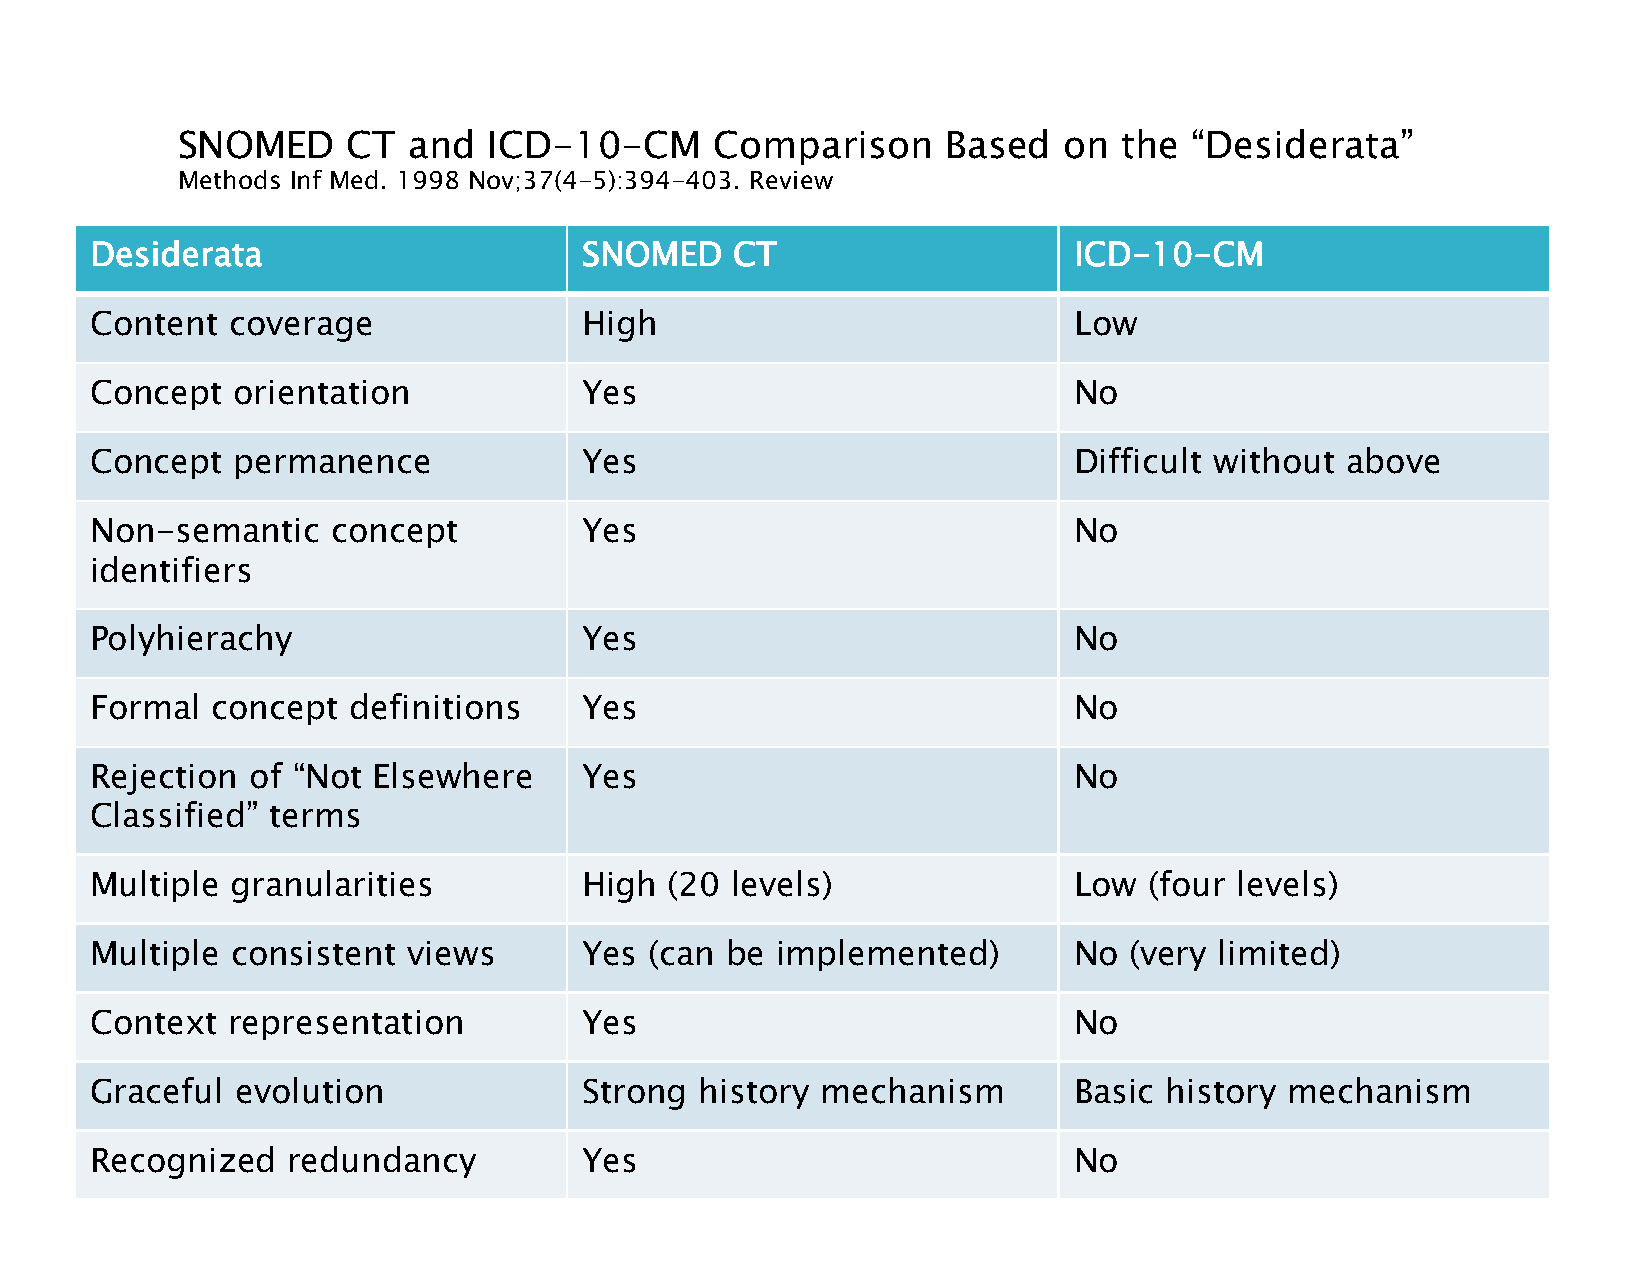
SNOMED     CT  and  ICD-10-CM      Comparison      Based  on  the  “Desiderata”
 Methods Inf Med. 1998 Nov;37(4-5):394-403. Review
 Desiderata                       SNOMED   CT                     ICD-10-CM
 Content  coverage                High                            Low
 Concept  orientation             Yes                             No
 Concept  permanence              Yes                             Difficult without above
 Non-semantic    concept          Yes                             No
 identifiers
 Polyhierachy                     Yes                             No
 Formal  concept  definitions     Yes                             No
 Rejection of “Not  Elsewhere     Yes                             No
 Classified” terms
 Multiple granularities           High (20 levels)                Low  (four levels)
 Multiple consistent  views       Yes (can be implemented)        No  (very limited)
 Context  representation          Yes                             No
 Graceful  evolution              Strong history mechanism        Basic history mechanism
 Recognized   redundancy          Yes                             No